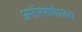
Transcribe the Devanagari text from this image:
अमॉरफोफैलस